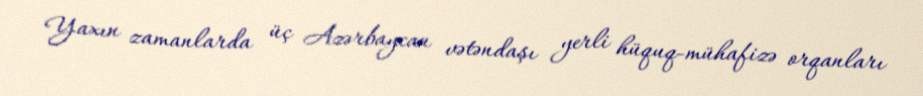
Yaxın zamanlarda üç Azərbaycan vətəndaşı yerli hüquq-mühafizə orqanları